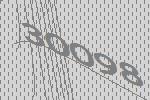
30098